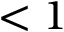
< 1